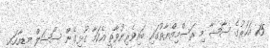
15 އަހަރުގެ ސާޝާ މި ރަސްމިއްޔާތުގައި ބައިވެރިނުވާތީ އެކަމާ ގުޅިގެން ސޯޝަލް މީޑިއާގައި